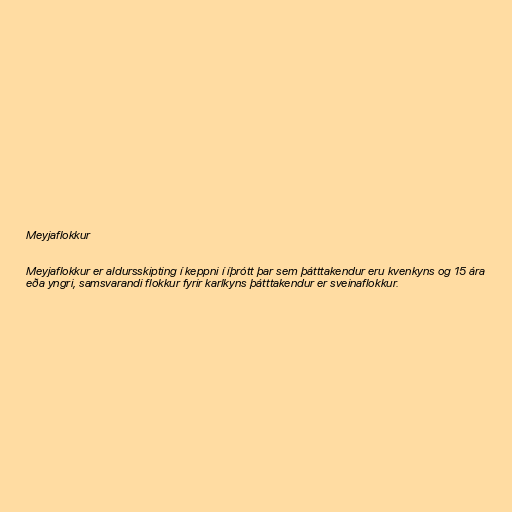
Meyjaflokkur

Meyjaflokkur er aldursskipting í keppni í íþrótt þar sem þátttakendur eru kvenkyns og 15 ára
eða yngri, samsvarandi flokkur fyrir karlkyns þátttakendur er sveinaflokkur.